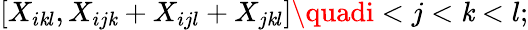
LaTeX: [X_{i\mathit{k}l},X_{ij\mathit{k}}+X_{ijl}+X_{j\mathit{k}l}]\quadi<j<\mathit{k}<l;